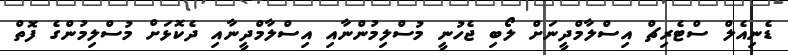
ޑެނިއެލް ސްޓެރިޗް އިސްލާމްދީނަށް ލޯބި ޖެހުނީ މުސްލިމުންނާއި އިސްލާމްދީނާއި ދެކޮޅަށް މުސްލިމުންގެ ފޮތް